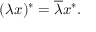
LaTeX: ( \lambda x ) ^ { * } = { \overline { { \lambda } } } x ^ { * } .